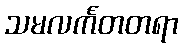
သမလင်္ကတတရာ